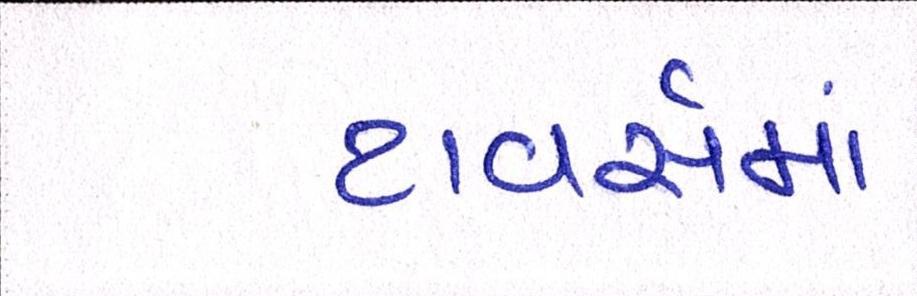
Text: ટાવર્સમાં